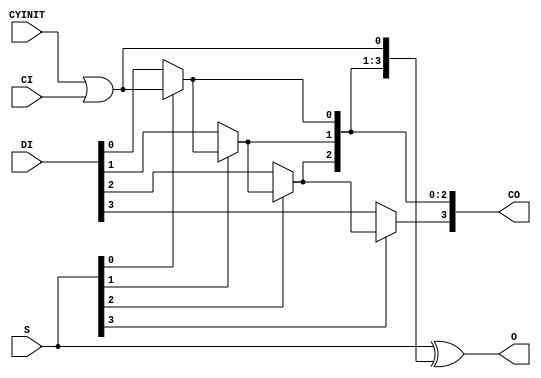
module CARRY4 (CO, O, CI, CYINIT, DI, S);

    output [3:0] CO;
    output [3:0] O;
    input        CI;
    input        CYINIT;
    input  [3:0] DI;
    input  [3:0] S;

    wire ci_or_cyinit;

//    initial
//       ci_or_cyinit = 0;

    assign O = S ^ {CO[2:0], ci_or_cyinit};
    assign CO[0] = S[0] ? ci_or_cyinit : DI[0];
    assign CO[1] = S[1] ? CO[0] : DI[1];
    assign CO[2] = S[2] ? CO[1] : DI[2];
    assign CO[3] = S[3] ? CO[2] : DI[3];
    assign ci_or_cyinit = CYINIT | CI;

//    always @(CYINIT or CI)
//      if (CYINIT === 1'bz || CYINIT === 1'bx) begin
//           $display("Error: CARRY4 instance, %m, detects CYINIT unconnected. Only one of CI and CYINIT inputs can be used and other one need be grounded.");
//           $finish;
//     end
//      else if (CI=== 1'bz || CI=== 1'bx) begin
//           $display("Error: CARRY4 instance, %m, detects CI unconnected. Only one of CI and CYINIT inputs can be used and other one need be grounded.");
//           $finish;
//     end
//      else 
//           ci_or_cyinit = CYINIT | CI;

endmodule